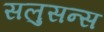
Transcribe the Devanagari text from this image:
सलुसन्स